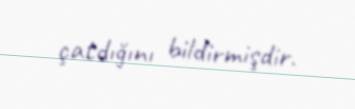
çatdığını bildirmişdir.